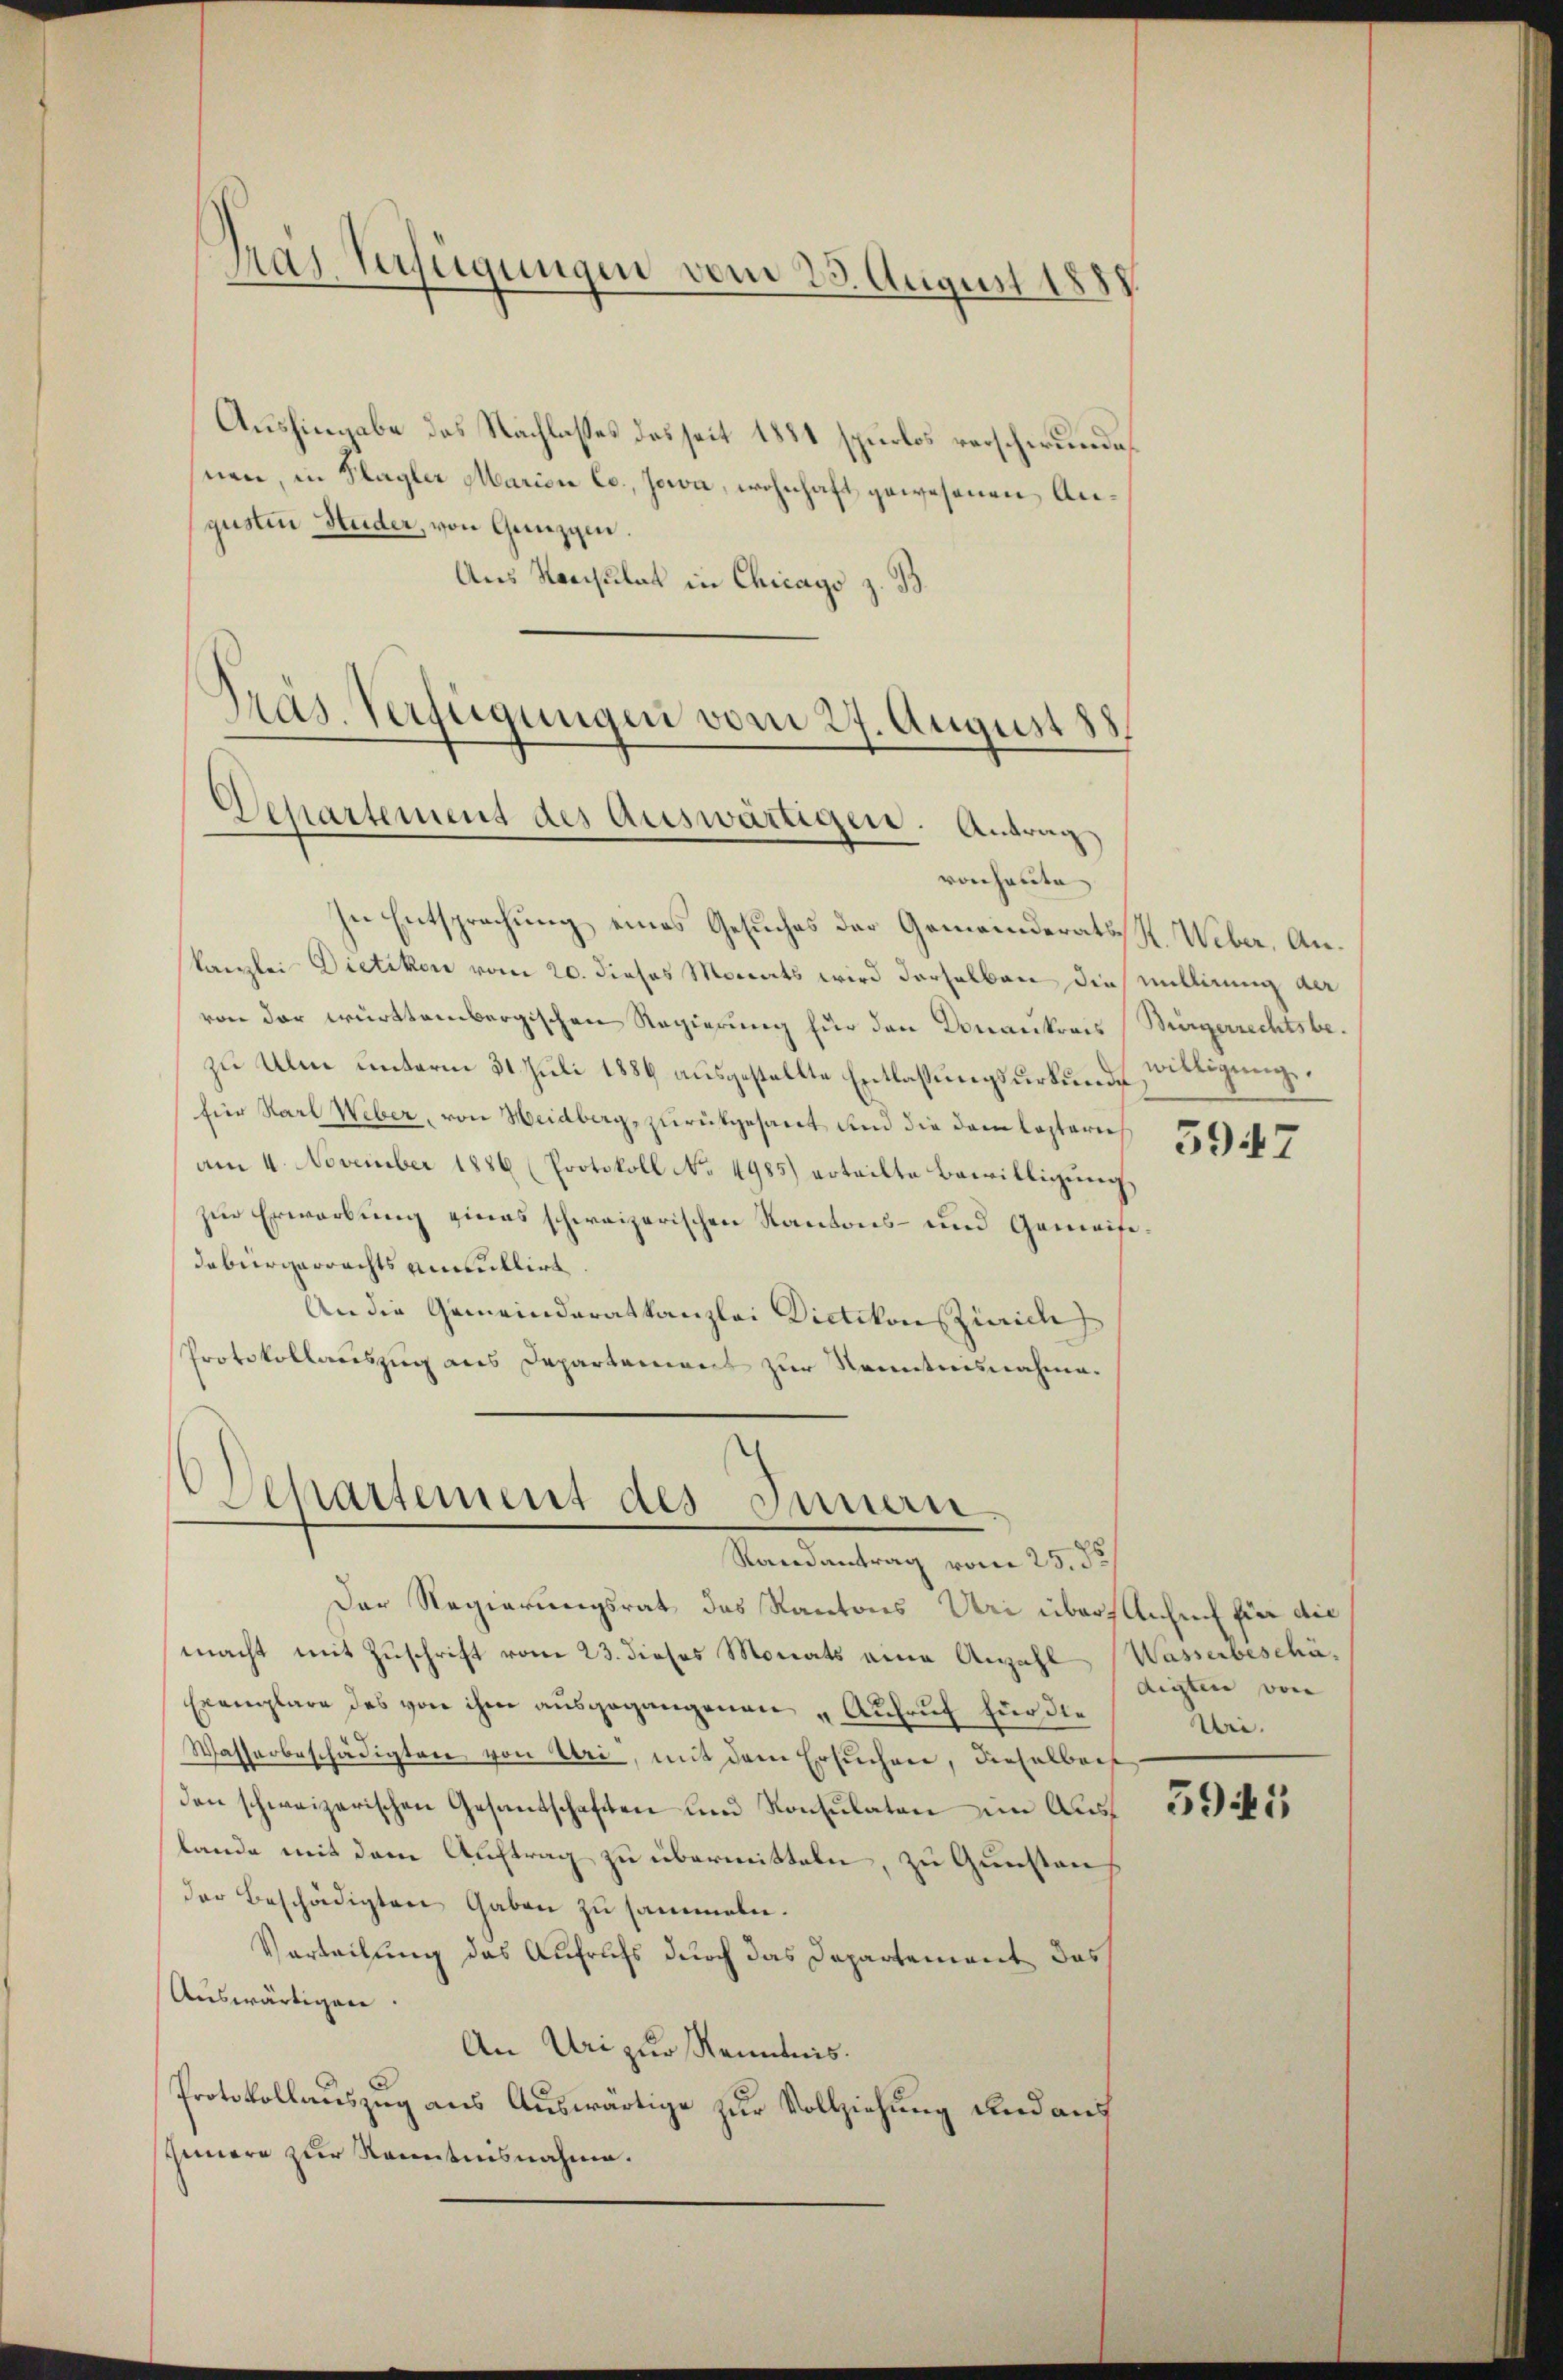
Pras Verfügungen vom 23. August 1888

Aushingabe das Nachlasses des seit 1881 spurlos verschwunde
snen, in Klagler Marien Co., Jowa, wohnhaft gewesenen Angusten Studer, von Ganzen.
Aus Konsulat in Chicago z. B.

Präs. Verfügungen vom 27. August 188
Departement des auswärtigen. Antrag

vonheute
In Entsprechung eines Gesuches der Gemeinderats S. Weber, Ankanzlei Dietikon vom 20. dieses Monats wird derselben die Millirung der
von der württembergischen Regierung für den Donaukreis (Bürgerrechtsbezu Ulm unterm 31. Juli 1886 ausgestellte Entlassungsurkunde Wittigung.
für Karl Weber, von Heidberg, zurükgesant und die dem leztern
am 4. November 1886 (Protokoll No 4985) erteilte Bewilligŭng
zur Erwerbung eines schweizerischen Kantons- und Gemeise,
debürgerrechts annullirt
An die Gemeinderatkanzlei Dietikon zweide
Protokollauszug aus Departement zur Kenntnisnahme.

Departement des Innern.
Randantrag vom 25. de

Der Regierungsrat das Kantons Uri überechef für die
macht mit Zuschrift vom 23. dieses Monats eine Anzahl Wasserbeschä¬
Exemplare des von ihm ausgegangenen „Aufruf für die
Wasserbeschädigten von Uri, mit dem Ersuchen, dieselben
den schweizerischen Gesandschaften und Konsulaten im Auslande mit dem Auftrag zu übermitteln, zu Gunsten
der Beschädigten Gaben zu sammeln.
Vorteilung das Aufrufs durch das Departement das
Auswärtigen.
An Uri zur Kenntnis.
Protokollauszug aus Auswärtige zur Vollziehung und auf
Gernere zur Kenntnisnahme.

5947

digten von
Wie.

5945